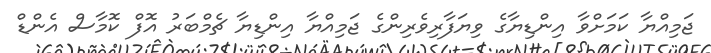
ޖަމިއްޔާ ކަމަށްވާ އިންޑިޔާގެ ވިޔަފާރިވެރިންގެ ޖަމިއްޔާ އިންޑިޔާ ޗެމްބަރު އޮފް ކޮމާސް އެންޑް